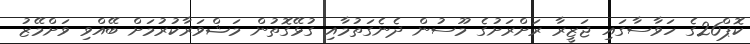
ކޮޕް26ގެ ހަވާސާގައި ޖަޒީރާ ރަށްރަށުގެ މޫސުން ދެނެގަތުމާއި ގުޅޭގޮތުން މަޝްވަރާކުރުމަށް ބޭއްވި ވަށްމޭޒު